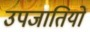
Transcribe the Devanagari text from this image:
उपजातियो